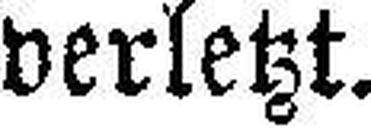
verletzt.